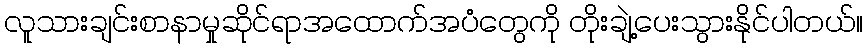
လူသားချင်းစာနာမှုဆိုင်ရာအထောက်အပံတွေကို တိုးချဲ့ပေးသွားနိုင်ပါတယ်။